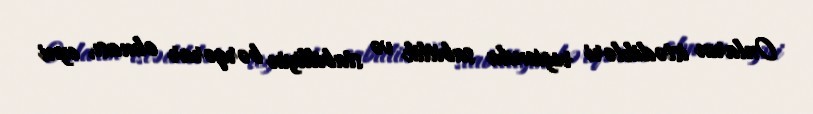
Onların istədikləri regionda sabitlik və stabilliyin bərqərar olması, eyni